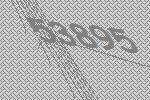
53895